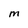
Character: M